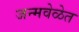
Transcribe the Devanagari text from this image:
जन्मवेळेत